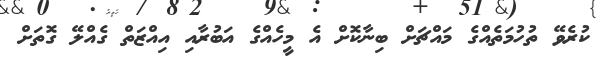
ކުރެވޭ ތުހުމަތެއްގެ މައްޗަށް ބިނާކޮށް އެ މީހެއްގެ އަބުރާއި އިއްޒަތް ގެއްލޭ ގޮތަށް